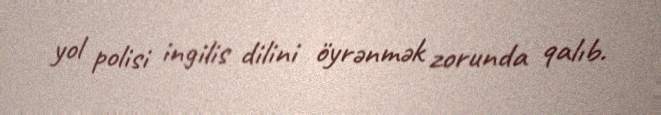
yol polisi ingilis dilini öyrənmək zorunda qalıb.